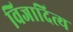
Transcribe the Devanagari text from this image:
विजादित्य